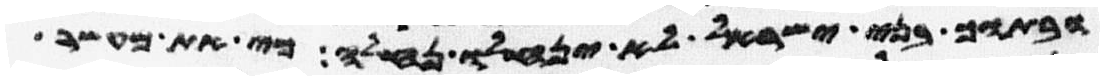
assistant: ובתוך בני ישראל לא ינחלו נחלה כי את מעשר